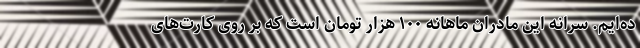
ده‌ایم. سرانه این مادران ماهانه ۱۰۰ هزار تومان است که بر روی کارت‌های